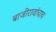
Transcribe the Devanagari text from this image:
बाजीरावांचाच